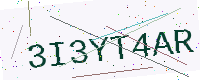
Text: 3I3YT4AR